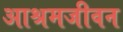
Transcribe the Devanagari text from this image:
आश्रमजीवन